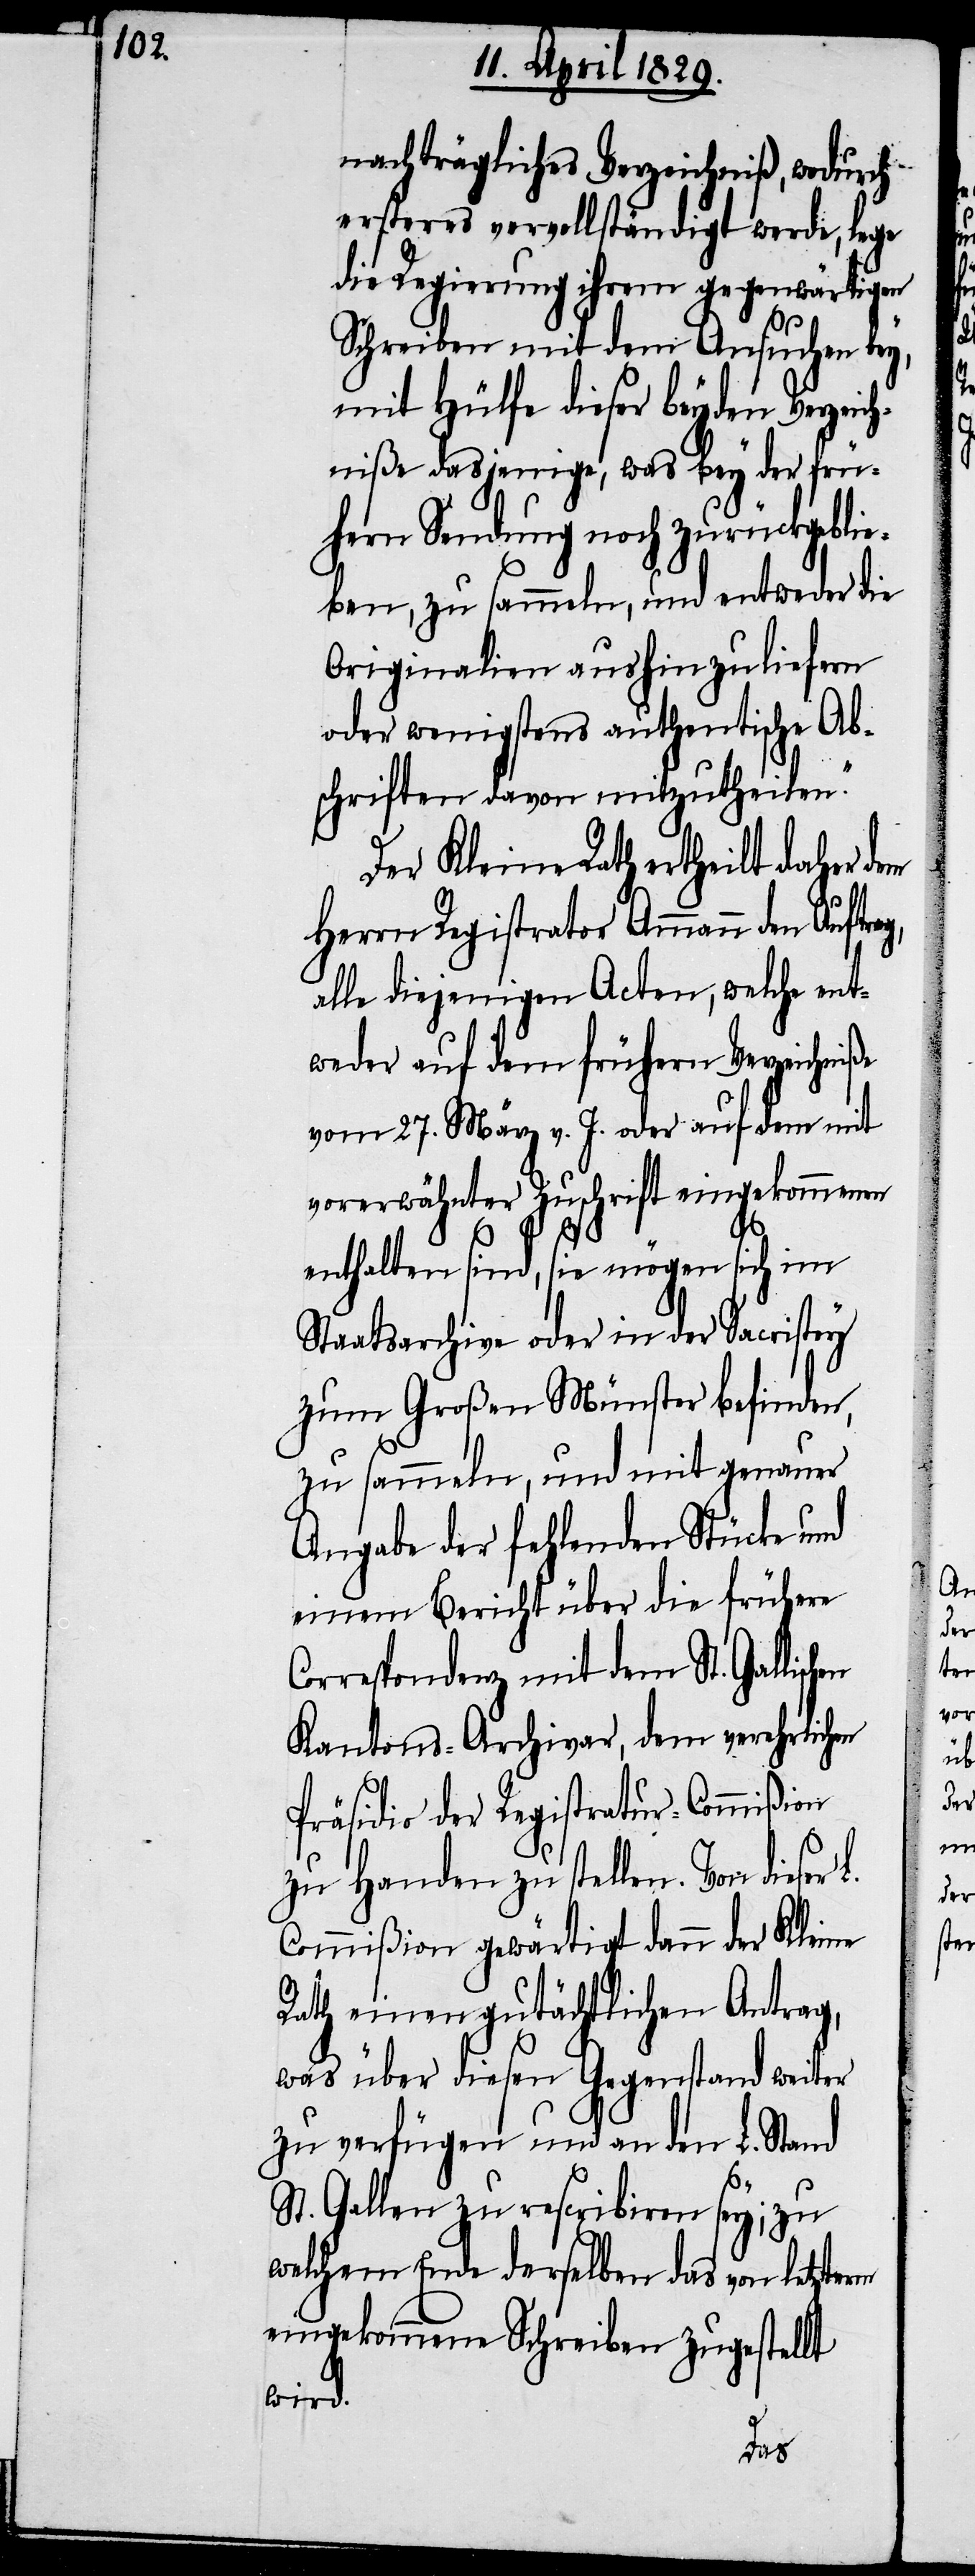
nachträgliches Verzeichniß, wodurch
ersteres vervollständigt werde, lege
die Regierung ihrem gegenwärtigen
Schreiben mit dem Ansuchen bey,
mit Hülfe dieser beyden Verzei¬
chniße dasjenige, was bey der frü¬
hern Sendung noch zurückgeblie¬
ben, zu sammeln, und entweder die
Originalien aushinzuliefern
oder wenigstens authentische Ab¬
schriften davon mitzutheilen.“
Der Kleine Rath ertheilt daher dem
Herrn Registrator Ammann den
alle diejenigen Acten, welche ent¬
weder auf dem frühern Verzeichniße
vom 27. März v. J. oder auf dem mit
vorerwähnter Zuschrift eingekommenen
enthalten sind, sie mögen sich im
Staatsarchive oder in der Sacristey
zum Großen Münster befinden,
zu sammeln, und mit genauer
Angabe der fehlenden Stücke und
einem Bericht über die frühere
Correspondenz mit dem St. Gallisc¬
Kantons-Archivar, dem verehrlichen
Präsidio der Registratur-Commißion
zu Handen zu stellen. Von dieser
Commißion gewärtigt dann der Kleine
Rath einen gutächtlichen Antrag,
was über diesen Gegenstand weiter
zu verfügen und an den L. Stand
St. Gallen zu rescribiren sey; zu
welchem Ende derselben das von letzterm
eingekommene Schreiben zugestellt
wird.
hen